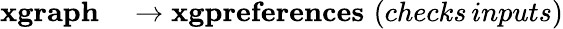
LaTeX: \begin{array}{rl}{\mathbf{xgraph}}&{{}\rightarrow\mathbf{xgpreferences}\, \, (checks\, inputs)}\end{array}